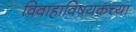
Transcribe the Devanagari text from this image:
विवाहाविषयकच्या